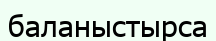
баланыстырса